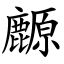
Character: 䴨